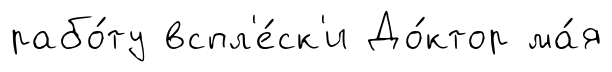
рабо́ту вспл'е́ск'и До́ктор ма́я